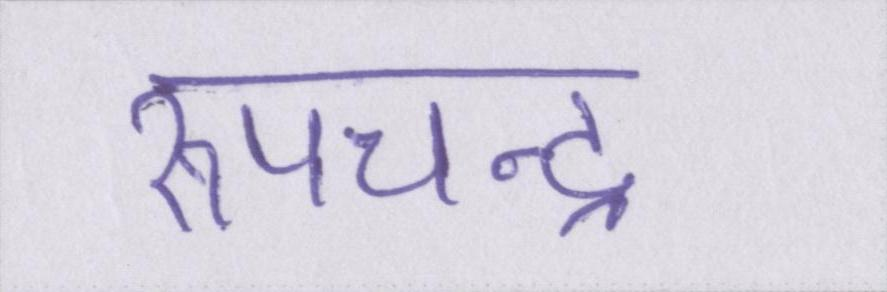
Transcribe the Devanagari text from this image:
रूपचन्द्र